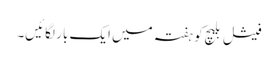
فیشل بلیچ کو ہفتہ میں ایک بار لگائیں۔